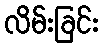
လိမ်းခြင်း